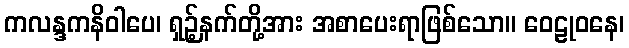
ကလန္ဒကနိဝါပေ၊ ရှဉ့်နက်တို့အား အစာပေးရာဖြစ်သော။ ဝေဠုဝနေ၊